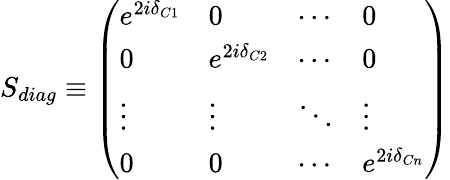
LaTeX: S_{diag}\equiv\left(\begin{array}{llll}{{e^{2i\delta_{C1}}}}&{{0}}&{{\cdots}}&{{0}}\\ {{0}}&{{e^{2i\delta_{C2}}}}&{{\cdots}}&{{0}}\\ {{\vdots}}&{{\vdots}}&{{\ddots}}&{{\vdots}}\\ {{0}}&{{0}}&{{\cdots}}&{{e^{2i\delta_{Cn}}}}\end{array}\right)